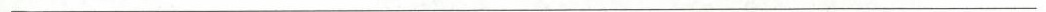
___